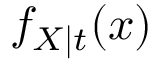
f _ { X \mid t } ( x )